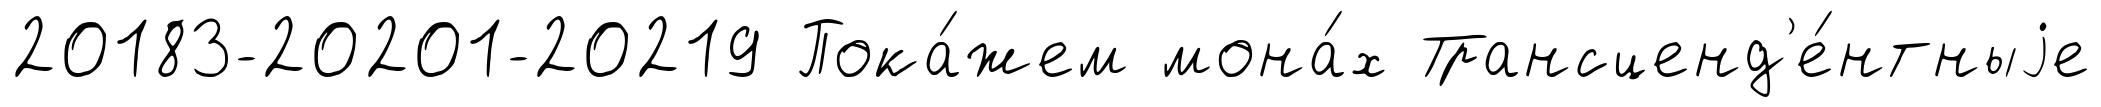
20183-20201-20219 Пока́жем мона́х Трансценд'е́нтныjе